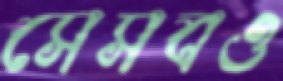
সেসবও